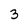
Character: 3